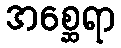
အစ္ဆေရာ